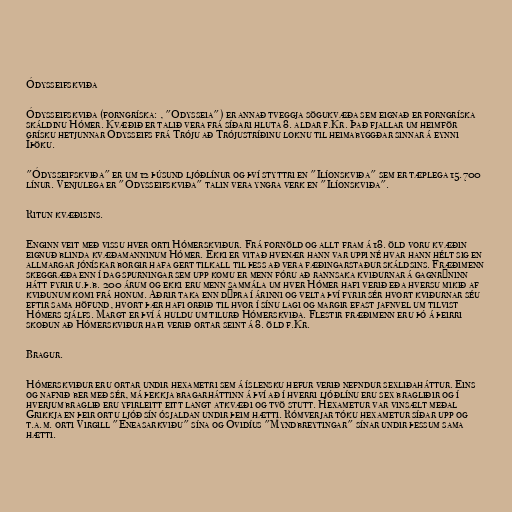
Ódysseifskviða

Ódysseifskviða (forngríska: , "Odysseia") er annað tveggja sögukvæða sem eignað er forngríska
skáldinu Hómer. Kvæðið er talið vera frá síðari hluta 8. aldar f.Kr. Það fjallar um heimför
grísku hetjunnar Ódysseifs frá Tróju að Trójustríðinu loknu til heimabyggðar sinnar á eynni
Íþöku.

"Ódysseifskviða" er um 12 þúsund ljóðlínur og því styttri en "Ilíonskviða" sem er tæplega 15.700
línur. Venjulega er "Ódysseifskviða" talin vera yngra verk en "Ilíonskviða".

Ritun kvæðisins.

Enginn veit með vissu hver orti Hómerskviður. Frá fornöld og allt fram á 18. öld voru kvæðin
eignuð blinda kvæðamanninum Hómer. Ekki er vitað hvenær hann var uppi né hvar hann hélt sig en
allmargar jónískar borgir hafa gert tilkall til þess að vera fæðingarstaður skáldsins. Fræðimenn
skeggræða enn í dag spurningar sem upp komu er menn fóru að rannsaka kviðurnar á gagnrýninn
hátt fyrir u.þ.b. 200 árum og ekki eru menn sammála um hver Hómer hafi verið eða hversu mikið af
kviðunum komi frá honum. Aðrir taka enn dýpra í árinni og velta því fyrir sér hvort kviðurnar séu
eftir sama höfund, hvort þær hafi orðið til hvor í sínu lagi og margir efast jafnvel um tilvist
Hómers sjálfs. Margt er því á huldu um tilurð Hómerskviða. Flestir fræðimenn eru þó á þeirri
skoðun að Hómerskviður hafi verið ortar seint á 8. öld f.Kr.

Bragur.

Hómerskviður eru ortar undir hexametri sem á íslensku hefur verið nefndur sexliðaháttur. Eins
og nafnið ber með sér, má þekkja bragarháttinn á því að í hverri ljóðlínu eru sex bragliðir og í
hverjum braglið eru yfirleitt eitt langt atkvæði og tvö stutt. Hexametur var vinsælt meðal
Grikkja en þeir ortu ljóð sín ósjaldan undir þeim hætti. Rómverjar tóku hexametur síðar upp og
t.a.m. orti Virgill "Eneasarkviðu" sína og Óvidíus "Myndbreytingar" sínar undir þessum sama
hætti.